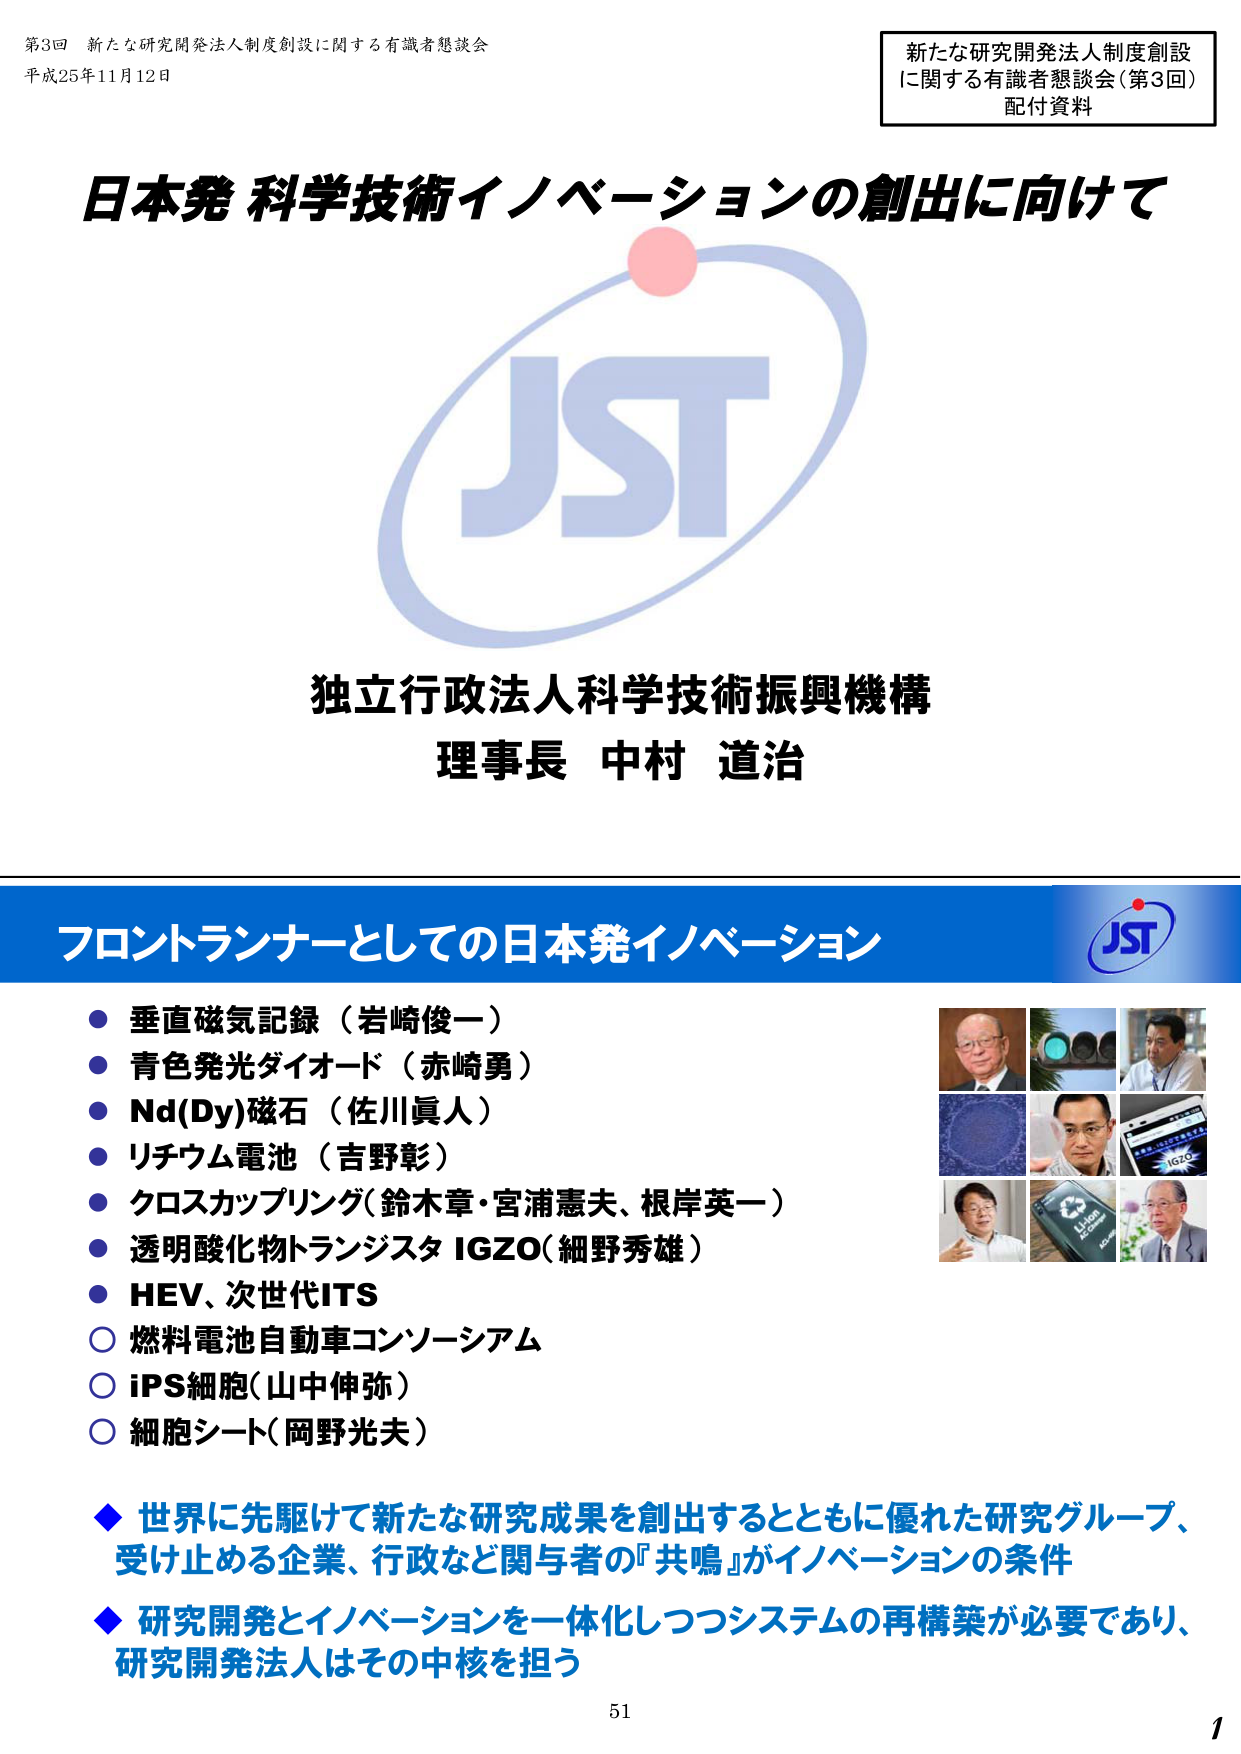
第3回 新たな研究開発法人制度創設に関する有識者懇談会
平成25年11月12日

新たな研究開発法人制度創設
に関する有識者懇談会（第3回）
配付資料

日本発 科学技術イノベーションの創出に向けて

JST

独立行政法人科学技術振興機構
理事長 中村 道治

フロントランナーとしての日本発イノベーション

● 垂直磁気記録（岩崎俊一）
● 青色発光ダイオード（赤崎勇）
● Nd(Dy)磁石（佐川眞人）
● リチウム電池（吉野彰）
● クロスカップリング（鈴木章・宮浦憲夫、根岸英一）
● 透明酸化物トランジスタ IGZO（細野秀雄）
● HEV、次世代ITS
○ 燃料電池自動車コンソーシアム
○ iPS細胞（山中伸弥）
○ 細胞シート（岡野光夫）

◆ 世界に先駆けて新たな研究成果を創出するとともに優れた研究グループ、
受け止める企業、行政など関与者の『共鳴』がイノベーションの条件

◆ 研究開発とイノベーションを一体化しつつシステムの再構築が必要であり、
研究開発法人はその中核を担う

51
1